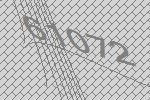
61072